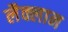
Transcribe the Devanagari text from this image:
लैक्लान